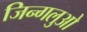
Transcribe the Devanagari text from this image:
जिन्गलुओ